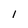
Character: 1